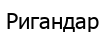
Ригандар